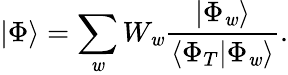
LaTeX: |\Phi\rangle=\sum_{\mathit{w}}W_{\mathit{w}}\frac{{|\Phi_{\mathit{w}}\rangle}}{{\langle\Phi_{T}|\Phi_{\mathit{w}}\rangle}}.